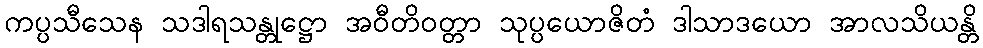
ကပ္ပသီသေန သဒါရသန္တုဋ္ဌော အဝီတိဝတ္တာ သုပ္ပယောဇိတံ ဒါသာဒယော အာလသိယန္တိ